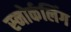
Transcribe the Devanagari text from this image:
स्‍नोर्कलिंग